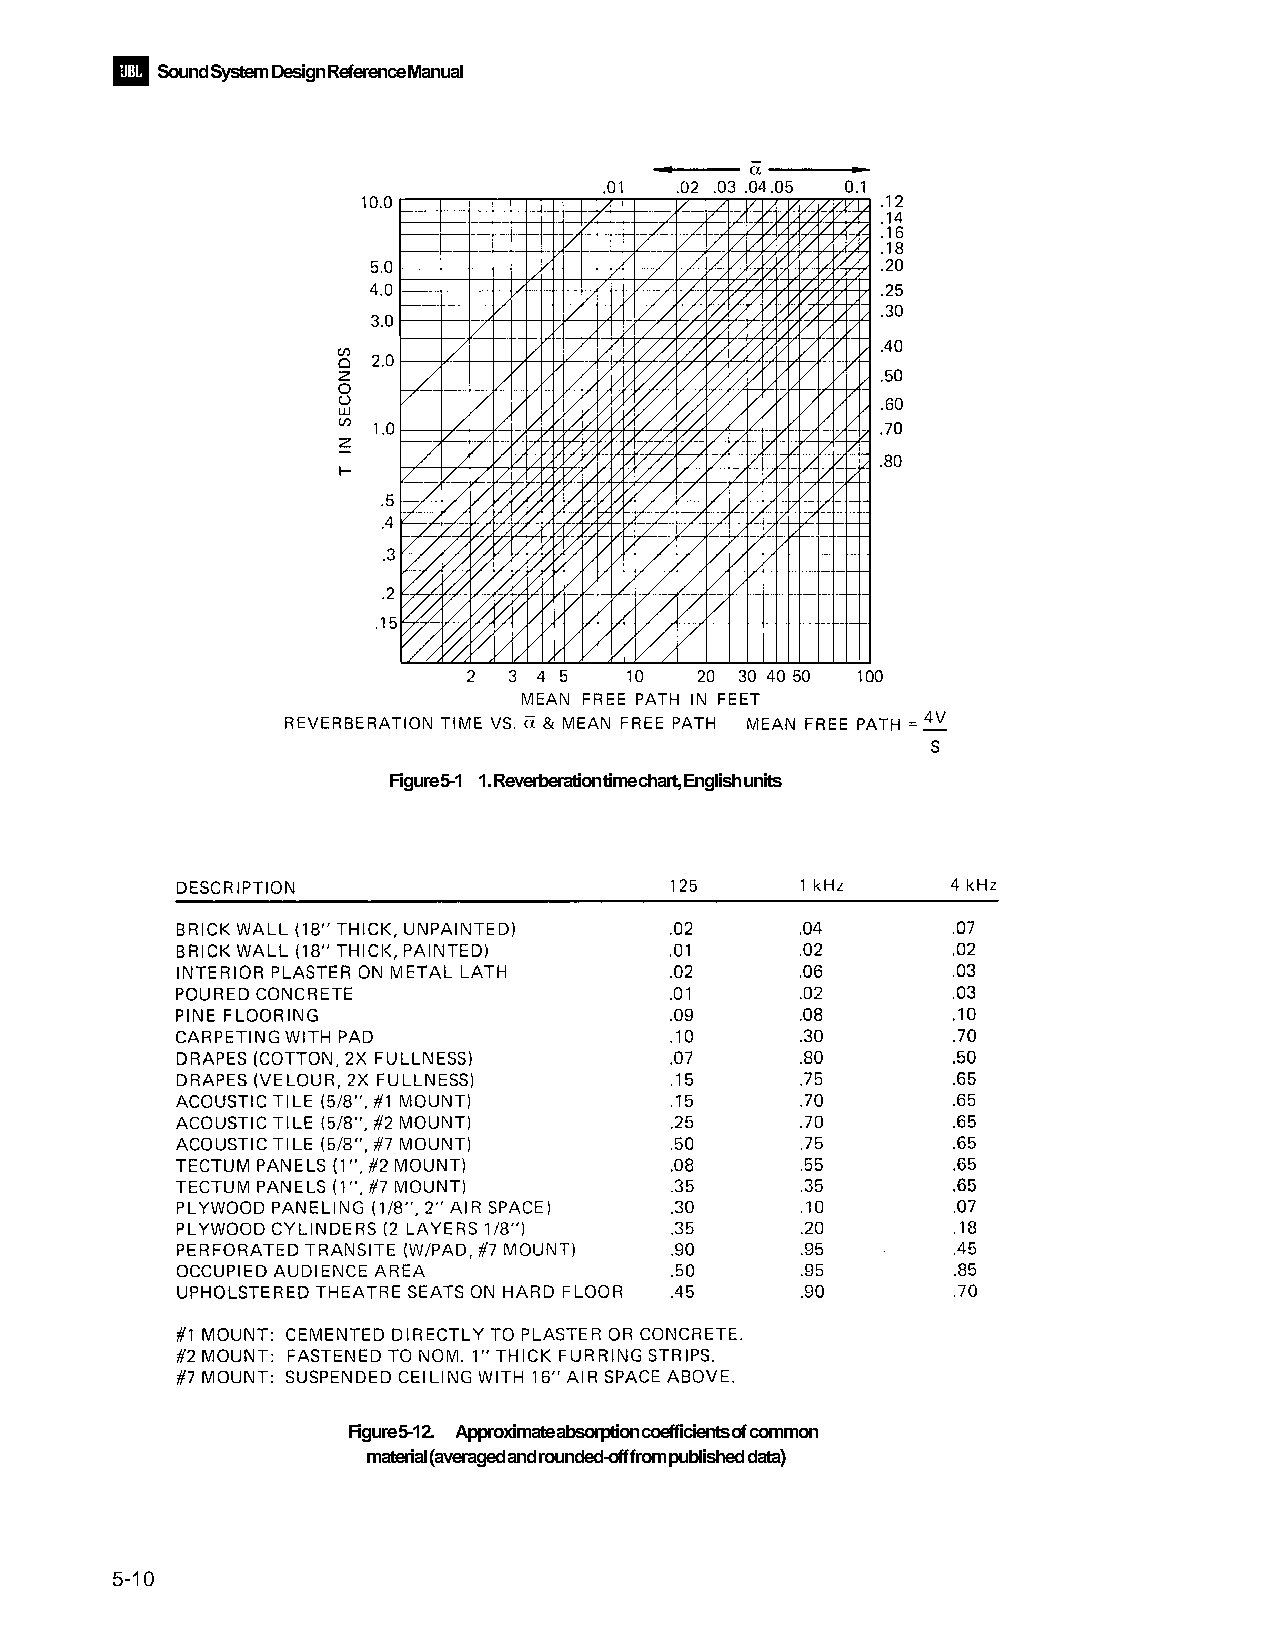
Sound System Design Reference Manual
 Figure 5-1 1. Reverberation time chart, English units
 Figure 5-12. Approximate absorption coefficients of common
 material (averaged and rounded-off from published data)
 5-10